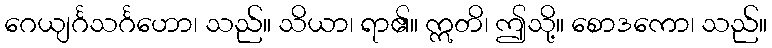
ဂေယျင်္ဂသင်္ဂဟော၊ သည်။ သိယာ၊ ရာ၏။ ဣတိ၊ ဤသို့။ စောဒကော၊ သည်။